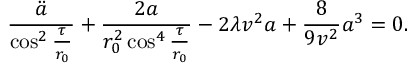
\frac { \ddot { a } } { \cos ^ { 2 } { \frac { \tau } { r _ { 0 } } } } + \frac { 2 a } { r _ { 0 } ^ { 2 } \cos ^ { 4 } { \frac { \tau } { r _ { 0 } } } } - 2 \lambda v ^ { 2 } a + \frac { 8 } { 9 v ^ { 2 } } a ^ { 3 } = 0 .